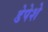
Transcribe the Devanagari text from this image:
डेपेशे